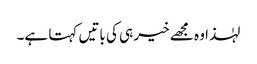
لہٰذا وہ مجھے خیر ہی کی باتیں کہتا ہے۔